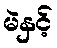
မဲနှင့်